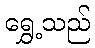
ရွှေ့သည်